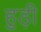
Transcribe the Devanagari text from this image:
हुड़ी